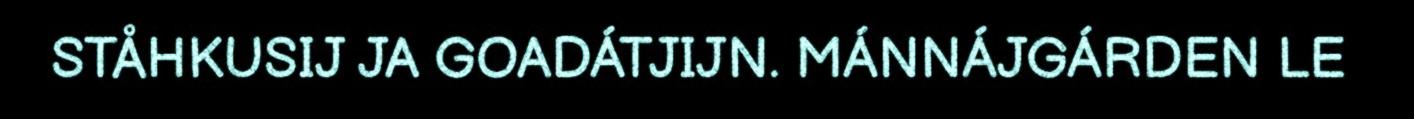
STÅHKUSIJ JA GOADÁTJIJN. MÁNNÁJGÁRDEN LE